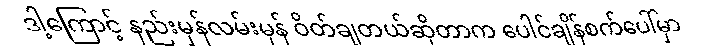
ဒါ့ကြောင့် နည်းမှန်လမ်းမှန် ဝိတ်ချတယ်ဆိုတာက ပေါင်ချိန်စက်ပေါ်မှာ